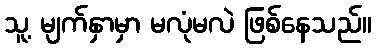
သူ့ မျက်နှာမှာ မလုံမလဲ ဖြစ်နေသည်။